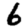
Digit: 6